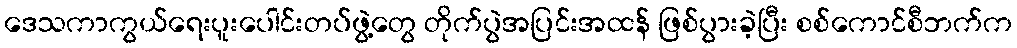
ဒေသကာကွယ်ရေးပူးပေါင်းတပ်ဖွဲ့တွေ တိုက်ပွဲအပြင်းအထန် ဖြစ်ပွားခဲ့ပြီး စစ်ကောင်စီဘက်က